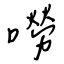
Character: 嘮